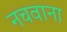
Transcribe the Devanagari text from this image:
नचवाना